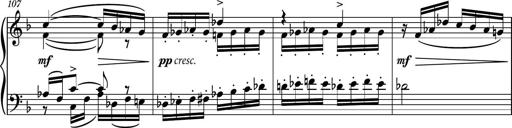
Title: Piano Sonatina No.8
Composer: Dimitri Sykias
Key: F major